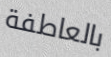
بالعاطفة